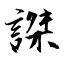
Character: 謋